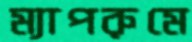
ম্যাপরুমে